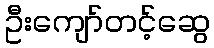
ဦးကျော်တင့်ဆွေ